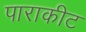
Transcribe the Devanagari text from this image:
पाराकीट